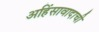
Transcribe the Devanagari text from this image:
अहिंसावादाची